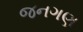
જનગણ